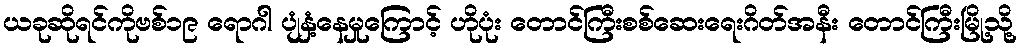
ယခုဆိုရင်ကိုဗစ်၁၉ ရောဂါ ပျံနှံ့နေမှုကြောင့် ဟိုပုံး တောင်ကြီးစစ်ဆေးရေးဂိတ်အနီး တောင်ကြီးမြို့သို့